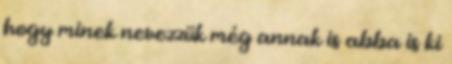
hogy minek nevezzük még annak is abba is ki